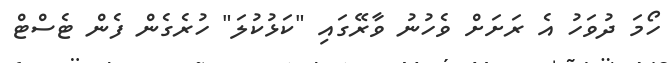
ހޯމަ ދުވަހު އެ ރަށަށް ވެހުނު ވާރޭގައި "ކަޅުކުލަ" ހުރެގެން ފެން ޓެސްޓް